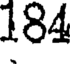
184